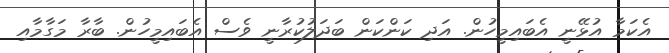
އެކަމާ އުޅޭނީ އެބައިމީހުން. އަދި ކަންކަން ބަދަލުކުރާނީ ވެސް އެބައިމީހުން. ބާރާ މަގާމާއި